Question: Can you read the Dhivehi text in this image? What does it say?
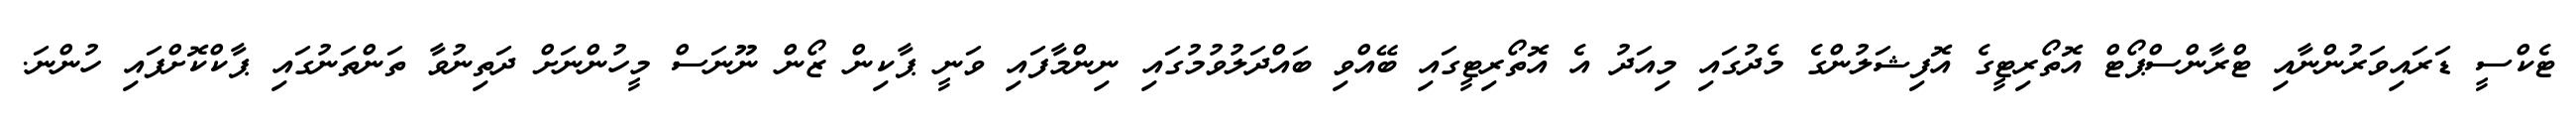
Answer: ޓެކްސީ ޑަރައިވަރުންނާއި ޓްރާންސްޕޯޓް އޮތޯރިޓީގެ އޮފިޝަލުންގެ މެދުގައި މިއަދު އެ އޮތޯރިޓީގައި ބޭއްވި ބައްދަލުވުމުގައި ނިންމާފައި ވަނީ ޕާކިން ޒޯން ނޫނަސް މީހުންނަށް ދަތިނުވާ ތަންތަނުގައި ޕާކްކޮށްފައި ހުންނަ.